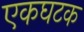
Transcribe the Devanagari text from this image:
एकघटक